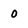
Character: 0